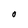
Character: O